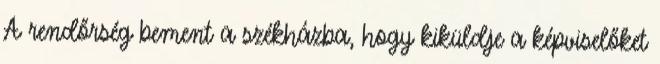
A rendőrség bement a székházba, hogy kiküldje a képviselőket